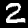
Digit: 2